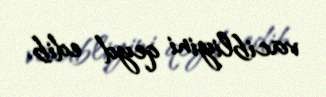
vacibliyini qeyd edib.